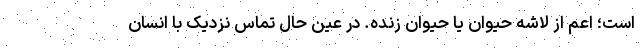
است؛ اعم از لاشه حیوان یا حیوان زنده. در عین حال تماس نزدیک با انسان